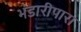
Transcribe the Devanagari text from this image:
भंडारीपारा